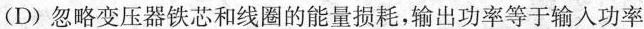
(D) 忽略变压器铁芯和线圈的能量损耗，输出功率等于输入功率